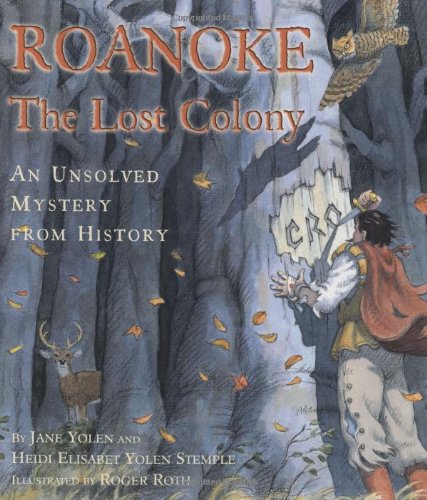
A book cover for Roanoke: The Lost Colony--An Unsolved Mystery from History; Heidi E. Y. Stemple; Children's Books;